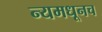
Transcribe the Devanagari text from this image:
न्यमधूनच